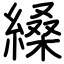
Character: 縔